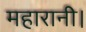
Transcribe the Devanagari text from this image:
महारानी।